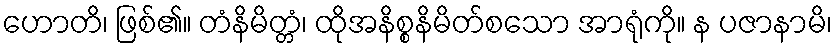
ဟောတိ၊ ဖြစ်၏။ တံနိမိတ္တံ၊ ထိုအနိစ္စနိမိတ်စသော အာရုံကို။ န ပဇာနာမိ၊